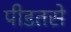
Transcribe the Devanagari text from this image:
पीडतसे